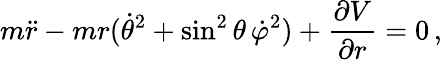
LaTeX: m{\ddot{r}}-mr({\dot{\theta}}^{2}+\sin^{2}\theta\, {\dot{\varphi}}^{2})+{\frac{\partial V}{\partial r}}=0\, ,